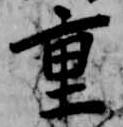
重